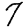
Digit: 7